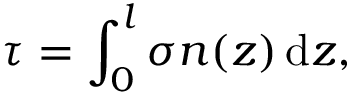
\tau = \int _ { 0 } ^ { l } \sigma n ( z ) \, \mathrm { d } z ,